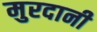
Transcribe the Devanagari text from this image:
मुरदानी